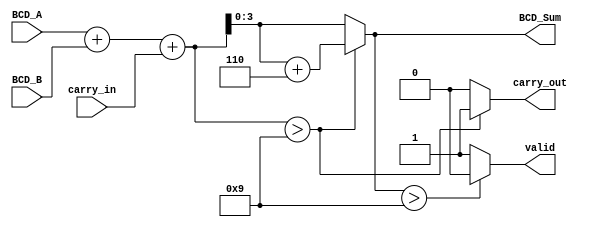
module BCD_Redundant_Binary_Adder (
    input wire [3:0] BCD_A,
    input wire [3:0] BCD_B,
    input wire carry_in,
    output reg [3:0] BCD_Sum,
    output reg carry_out,
    output reg valid
);

    // Intermediate signals for redundant binary representation
    wire [4:0] redundant_A; // 5 bits to accommodate carry
    wire [4:0] redundant_B; // 5 bits to accommodate carry
    wire [5:0] binary_sum;  // 6 bits to accommodate overflow

    // Convert BCD to redundant binary (just using direct input as two's complement)
    assign redundant_A = {1'b0, BCD_A}; // 4 bits to 5 bits
    assign redundant_B = {1'b0, BCD_B}; // 4 bits to 5 bits

    // Perform the addition of the redundant binary values
    assign binary_sum = redundant_A + redundant_B + carry_in;

    // Now we need to check for BCD validity and correcting if required
    always @(*) begin
        // Initialize outputs
        BCD_Sum = 4'b0000;
        carry_out = 1'b0;
        valid = 1'b1;

        // Check if the sum exceeds valid BCD range (greater than 9)
        if (binary_sum > 9) begin
            // If the sum exceeds 9, we need to add 6 to correct it
            BCD_Sum = binary_sum[3:0] + 4'b0110; // Add 6 to the lower 4 bits
            carry_out = 1'b1; // Set carry_out since we exceed BCD limit
        end else begin
            BCD_Sum = binary_sum[3:0]; // Assign the lower 4 bits directly
        end
        
        // Check and assign the validity of BCD sum
        if (BCD_Sum > 9) begin
            valid = 1'b0; // Invalid BCD if it is greater than 9
        end else begin
            valid = 1'b1; // Valid BCD otherwise
        end
    end

endmodule